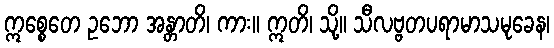
ဣစ္စေတေ ဥဘော အန္တာတိ၊ ကား။ ဣတိ၊ သို့။ သီလဗ္ဗတပရာမာသမုခေန၊